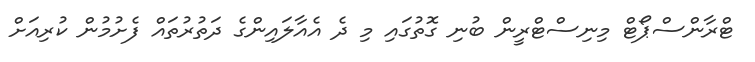
ޓްރާންސްޕޯޓް މިނިސްޓްރީން ބުނި ގޮތުގައި މި ދެ އެއާލައިންގެ ދަތުރުތައް ފެށުމުން ކުރިއަށް